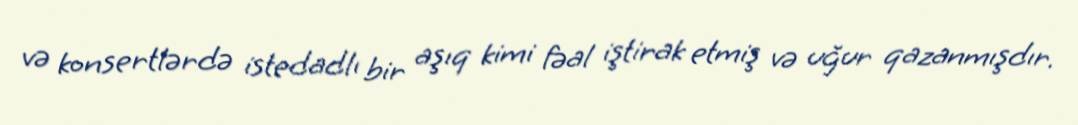
və konsertlərdə istedadlı bir aşıq kimi fəal iştirak etmiş və uğur qazanmışdır.